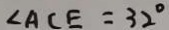
\angle A C E = 3 2 ^ { \circ }